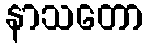
နာသတော